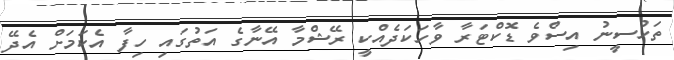
ތަހުސީނު އިސްވެ ޑޮކްޓަރާ ވާހަކަދެއްކީ ރޭޝްމާ އޭނާގެ އަތުގައި ހިފާ އެކަމަށް އެދޭ